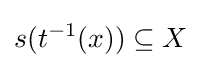
s(t^{-1}(x))\subseteq X